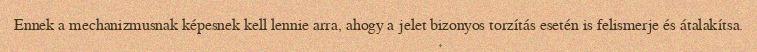
Ennek a mechanizmusnak képesnek kell lennie arra, ahogy a jelet bizonyos torzítás esetén is felismerje és átalakítsa.